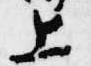
上